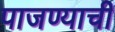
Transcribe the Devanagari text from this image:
पाजण्याची